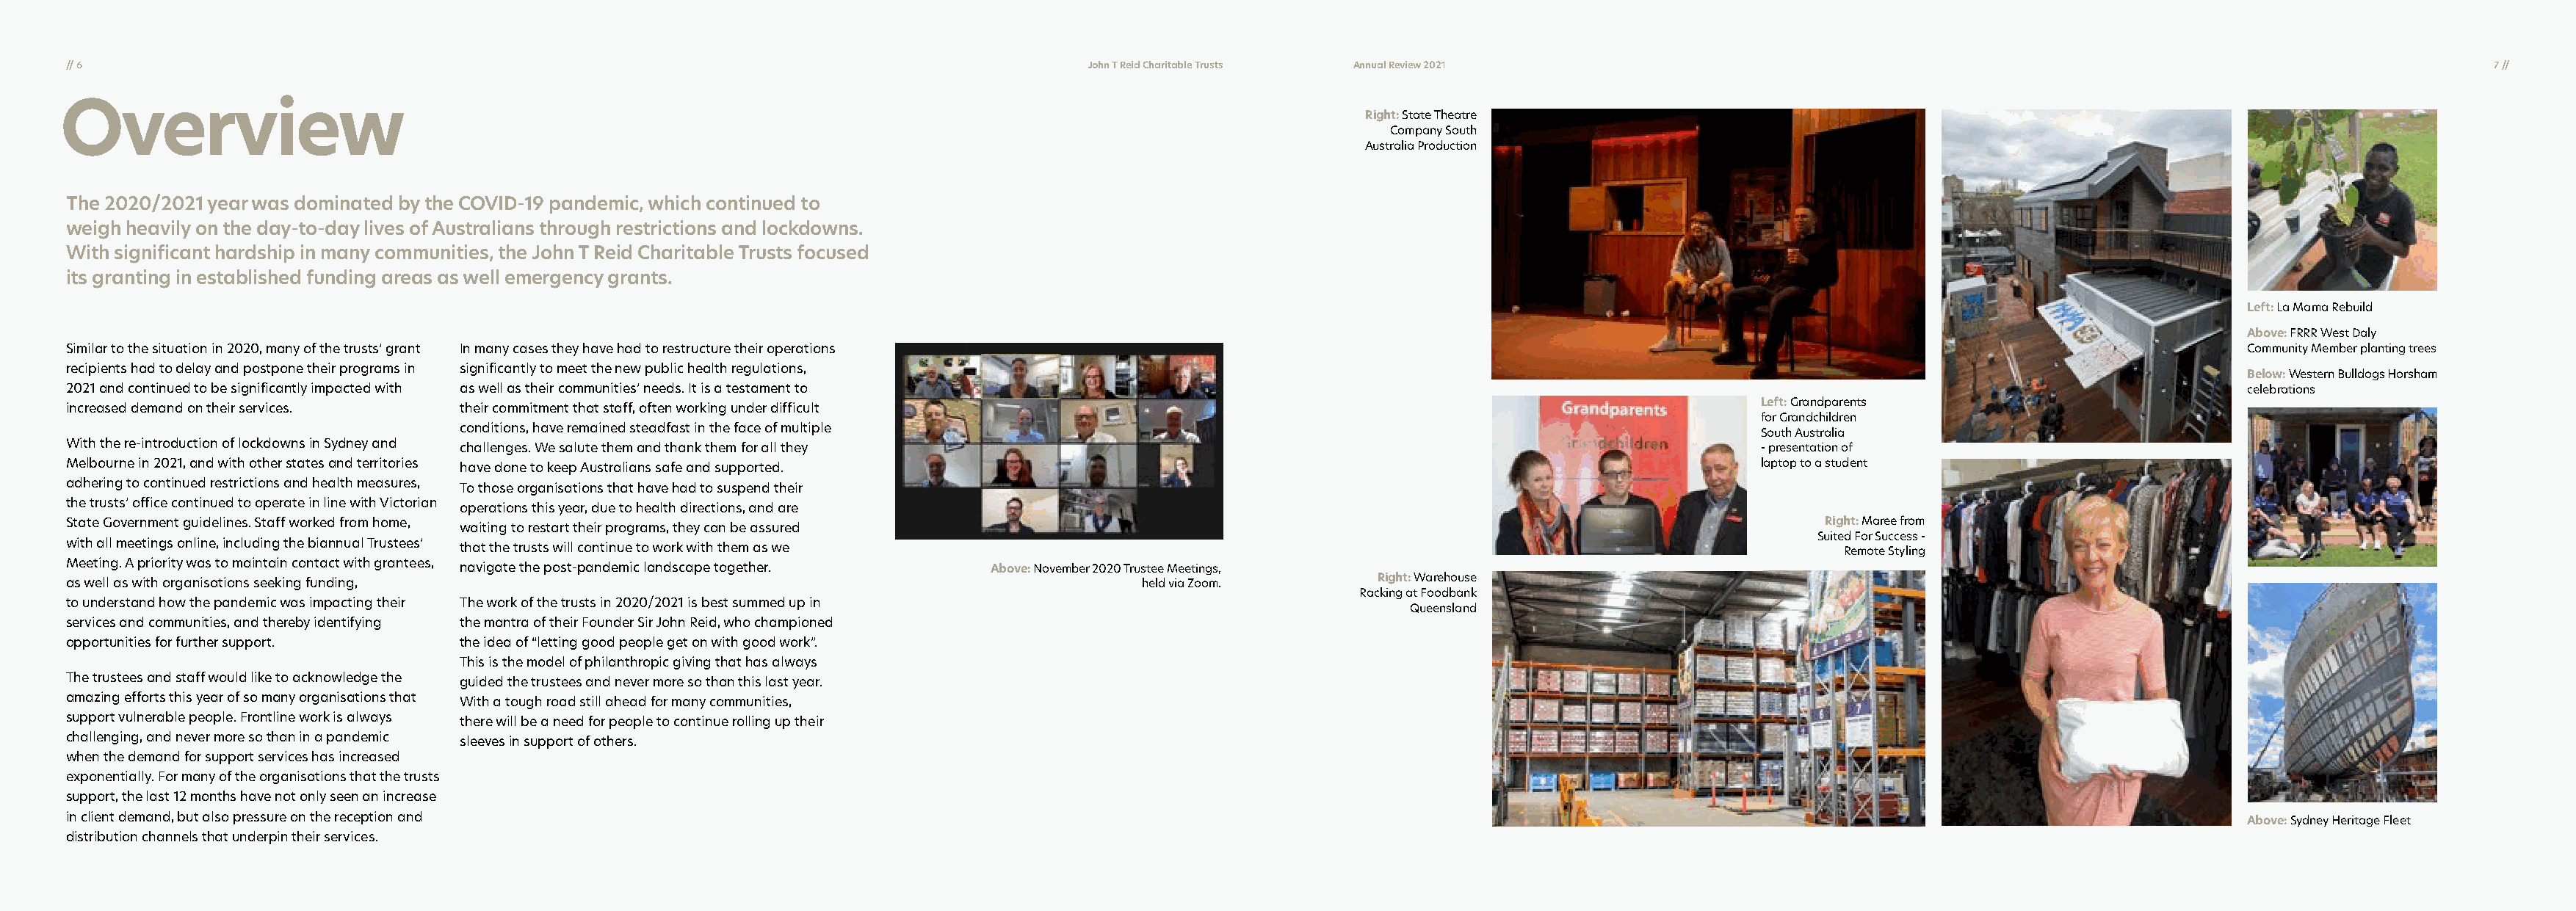
// 6                                                                                        John T Reid Charitable Trusts AAnnnnuuaall RReevviieeww 22002211                                                               77 ////
 Overview
 Right: State Theatre
 Company South
 Australia Production
 The 2020/2021 year was dominated by the COVID-19 pandemic, which continued to
 weigh heavily on the day-to-day lives of Australians through restrictions and lockdowns.
 With significant hardship in many communities, the John T Reid Charitable Trusts focused
 its granting in established funding areas as well emergency grants.
 Left: La Mama Rebuild
 Above: FRRR West Daly
 Similar to the situation in 2020, many of the trusts’ grant In many cases they have had to restructure their operations                                                                              Community Member planting trees
 recipients had to delay and postpone their programs in significantly to meet the new public health regulations,
 Below: Western Bulldogs Horsham
 2021 and continued to be significantly impacted with as well as their communities’ needs. It is a testament to                                                                                       celebrations
 Left: Grandparents
 increased demand on their services. their commitment that staff, often working under difficult
 for Grandchildren
 conditions, have remained steadfast in the face of multiple
 South Australia
 With the re-introduction of lockdowns in Sydney and
 challenges. We salute them and thank them for all they                                                                - presentation of
 Melbourne in 2021, and with other states and territories have done to keep Australians safe and supported.                                               laptop to a student
 adhering to continued restrictions and health measures,
 To those organisations that have had to suspend their
 the trusts’ office continued to operate in line with Victorian
 operations this year, due to health directions, and are
 State Government guidelines. Staff worked from home,                                                                                                           Right: Maree from
 waiting to restart their programs, they can be assured
 Suited For Success -
 with all meetings online, including the biannual Trustees’
 that the trusts will continue to work with them as we                                                                        Remote Styling
 Meeting. A priority was to maintain contact with grantees,
 navigate the post-pandemic landscape together.  Above: November 2020 Trustee Meetings,
 as well as with organisations seeking funding,                                                   held via Zoom.       Right: Warehouse
 Racking at Foodbank
 to understand how the pandemic was impacting their The work of the trusts in 2020/2021 is best summed up in
 Queensland
 services and communities, and thereby identifying the mantra of their Founder Sir John Reid, who championed
 opportunities for further support. the idea of “letting good people get on with good work”.
 This is the model of philanthropic giving that has always
 The trustees and staff would like to acknowledge the
 guided the trustees and never more so than this last year.
 amazing efforts this year of so many organisations that
 With a tough road still ahead for many communities,
 support vulnerable people. Frontline work is always
 there will be a need for people to continue rolling up their
 challenging, and never more so than in a pandemic
 sleeves in support of others.
 when the demand for support services has increased
 exponentially. For many of the organisations that the trusts
 support, the last 12 months have not only seen an increase
 in client demand, but also pressure on the reception and
 Above: Sydney Heritage Fleet
 distribution channels that underpin their services.